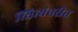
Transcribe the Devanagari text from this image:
स्थित्यंतरीत